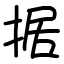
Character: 据